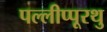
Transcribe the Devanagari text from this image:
पल्लीप्पूरथु